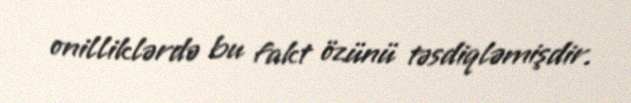
onilliklərdə bu fakt özünü təsdiqləmişdir.